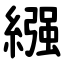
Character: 繦